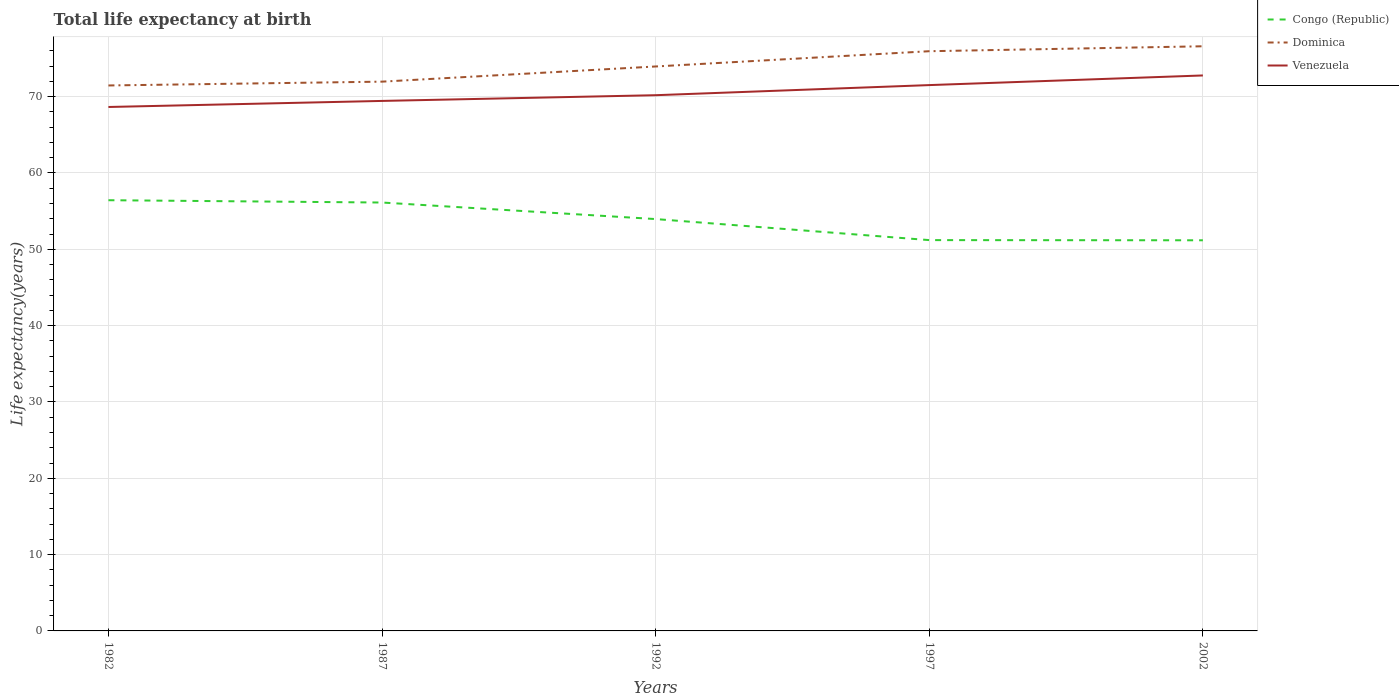
| Years | Congo (Republic) | Dominica | Venezuela |
 | --- | --- | --- | --- |
 | 1982 | 56.4 | 71.5 | 68.6 |
 | 1987 | 56.1 | 72 | 69.4 |
 | 1992 | 54 | 74 | 70.2 |
 | 1997 | 51.2 | 76 | 71.5 |
 | 2002 | 51.2 | 76.6 | 72.8 |